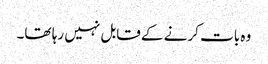
وہ بات کرنے کے قابل نہیں رہا تھا۔